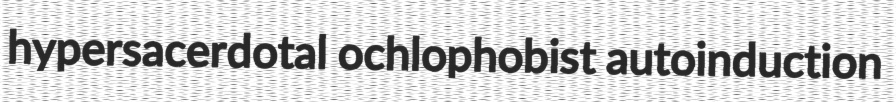
hypersacerdotal ochlophobist autoinduction